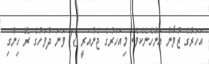
އަހަރުގެ ޒުވާން އަންހެނެކެވެ. މިއަހަރުގެ ޖެނުއަރީ 18 ވަނަ ދުވަހުގެ ރޭ ހިންގި